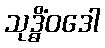
သုဒ္ဓိံဝဒေါ